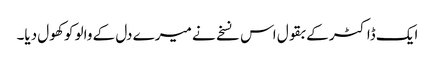
ایک ڈاکٹر کے بقول اس نسخے نے میرے دل کے والو کو کھول دیا۔